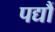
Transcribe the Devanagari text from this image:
पद्यौं